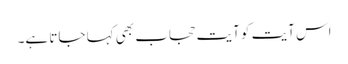
اس آیت کو آیت حجاب بھی کہا جاتا ہے۔